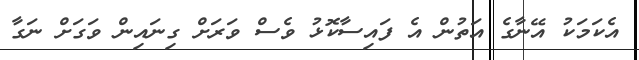
އެކަމަކު އޭނާގެ އަތުން އެ ފައިސާކޮޅު ވެސް ވަރަށް ގިނައިން ވަގަށް ނަގާ